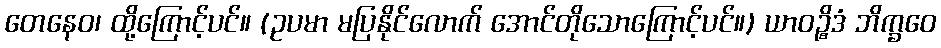
တေနေဝ၊ ထို့ကြောင့်ပင်။ (ဥပမာ မပြနိုင်လောက် အောင်တိုသောကြောင့်ပင်။) ယာဝဉ္စိဒံ ဘိက္ခဝေ